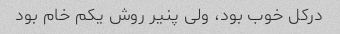
درکل خوب بود، ولی پنیر روش یکم خام بود